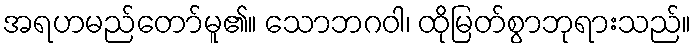
အရဟမည်တော်မူ၏။ သောဘဂဝါ၊ ထိုမြတ်စွာဘုရားသည်။